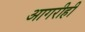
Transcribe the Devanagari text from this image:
आगरीही